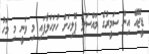
ޑީޖޭއޭ އިން ސަމީރުގެ މައްސަލަ ޕޮލިހަށް ހުށަހަޅާފައި މި ވަނީ މި މަހު